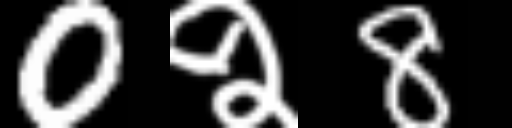
Text: 0२8